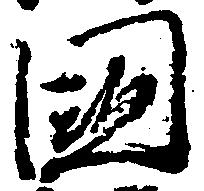
国